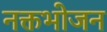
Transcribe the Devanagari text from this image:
नक्तभोजन